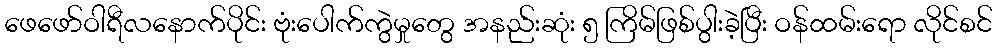
ဖေဖော်ဝါရီလနောက်ပိုင်း ဗုံးပေါက်ကွဲမှုတွေ အနည်းဆုံး ၅ ကြိမ်ဖြစ်ပွါးခဲ့ပြီး ဝန်ထမ်းရော လိုင်စင်